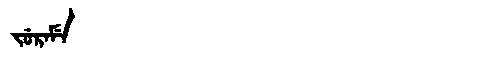
Manchu: ᠵᡠᡵᠠᠮᡝ
Romanization: JURAME